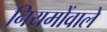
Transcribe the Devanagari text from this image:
नियमोंवाले